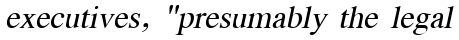
executives, "presumably the legal